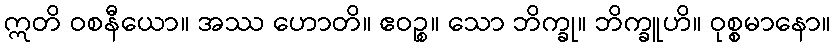
ဣတိ ဝစနီယော။ အဿ ဟောတိ။ ဧဝဉ္စ။ သော ဘိက္ခု။ ဘိက္ခူဟိ။ ဝုစ္စမာနော။